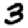
Digit: 3